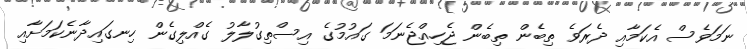
ނަމަވެސް އެކަމާއި ދެރަވެ ތިބެން ތިބެން ޖެހިއްޖެނަމަ ގައުމުގެ އިސްތިގުލާލު ގެއްލިގެން ހިނގައިދާނެކަމަށާއި